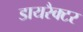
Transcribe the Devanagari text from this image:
डायरैक्टर